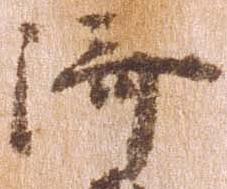
済